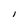
Character: I